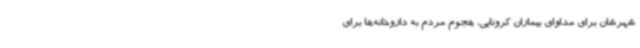
شهرشان برای مداوای بیماران کرونایی، هجوم مردم به داروخانه‌ها برای